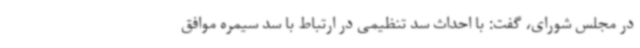
در مجلس شورای، گفت: با احداث سد تنظیمی در ارتباط با سد سیمره موافق